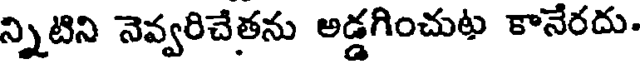
న్నిటిని నెవ్వరిచేతను అడ్డగించుట కానేరదు.